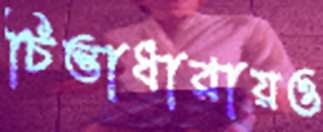
চিন্তাধারায়ও